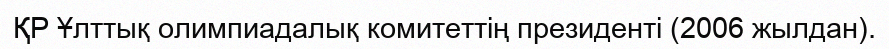
ҚР Ұлттық олимпиадалық комитеттің президенті (2006 жылдан).